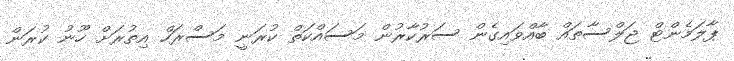
ޕާލަމެންޓް ޖަލްސާތައް ބާއްވައިގެން ސަރުކާރުން މަސައްކަތް ކުރަނީ މަސްރަހް އިތުރަށް ހޫނު ކުރަން